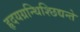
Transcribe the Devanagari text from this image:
हृदयग्रन्थिश्छिद्यन्ते